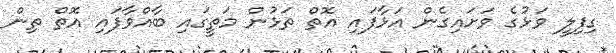
ގިފިލީ ވަޅުގެ ވަށައިގެން އަޅާފައި އޮތް ތަޅުން މަތީގައި ބާއްވާފައި އޮތް ތިން